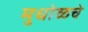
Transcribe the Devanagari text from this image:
मुधोळचे